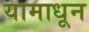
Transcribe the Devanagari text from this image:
यामाधून